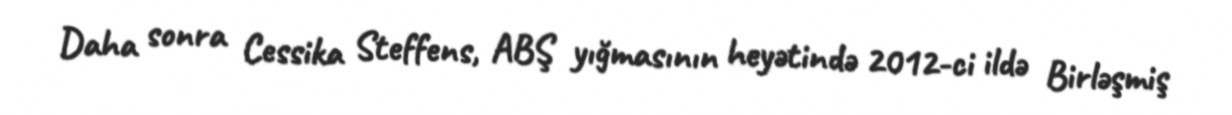
Daha sonra Cessika Steffens, ABŞ yığmasının heyətində 2012-ci ildə Birləşmiş